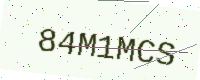
Text: 84M1MCS